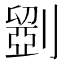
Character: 𠠇